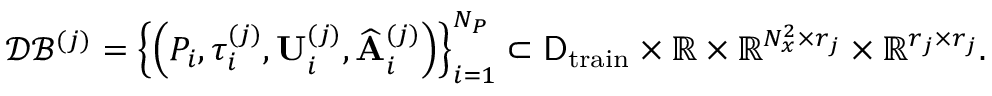
\mathcal { D B } ^ { ( j ) } = \left\{ \left( P _ { i } , \tau _ { i } ^ { ( j ) } , \mathbf { U } _ { i } ^ { ( j ) } , \widehat { \mathbf { A } } _ { i } ^ { ( j ) } \right) \right\} _ { i = 1 } ^ { N _ { P } } \subset \mathsf { D } _ { \mathrm { t r a i n } } \times \mathbb { R } \times \mathbb { R } ^ { N _ { x } ^ { 2 } \times r _ { j } } \times \mathbb { R } ^ { r _ { j } \times r _ { j } } .